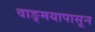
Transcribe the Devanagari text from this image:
वाङ्‌मयापासून